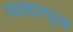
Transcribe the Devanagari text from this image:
व्यवहारपूरक